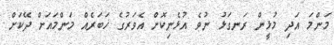
މަންމަ އަދި މުޅީން ރަނގަޅު ނުވެ އުޅެނިކޮށް އެވަރުގެ ޚަބަރެއް މަންމައަށް ދޭކަށް